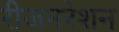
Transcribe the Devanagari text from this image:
रीजनरेशन